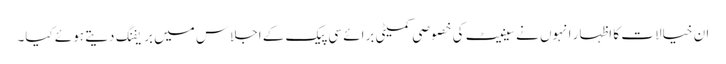
ان خیالات کا اظہار انہوں نے سینیٹ کی خصوصی کمیٹی برائے سی پیک کے اجلاس میں بریفنگ دیتے ہوئے کیا۔